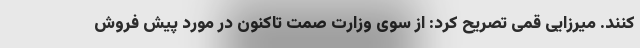
کنند. میرزایی قمی تصریح کرد: از سوی وزارت صمت تاکنون در مورد پیش فروش